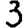
Digit: 3